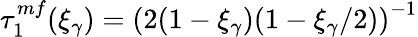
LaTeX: \tau_{1}^{mf}(\xi_{\gamma})=\left(2(1-\xi_{\gamma})(1-\xi_{\gamma}/2)\right)^{-1}